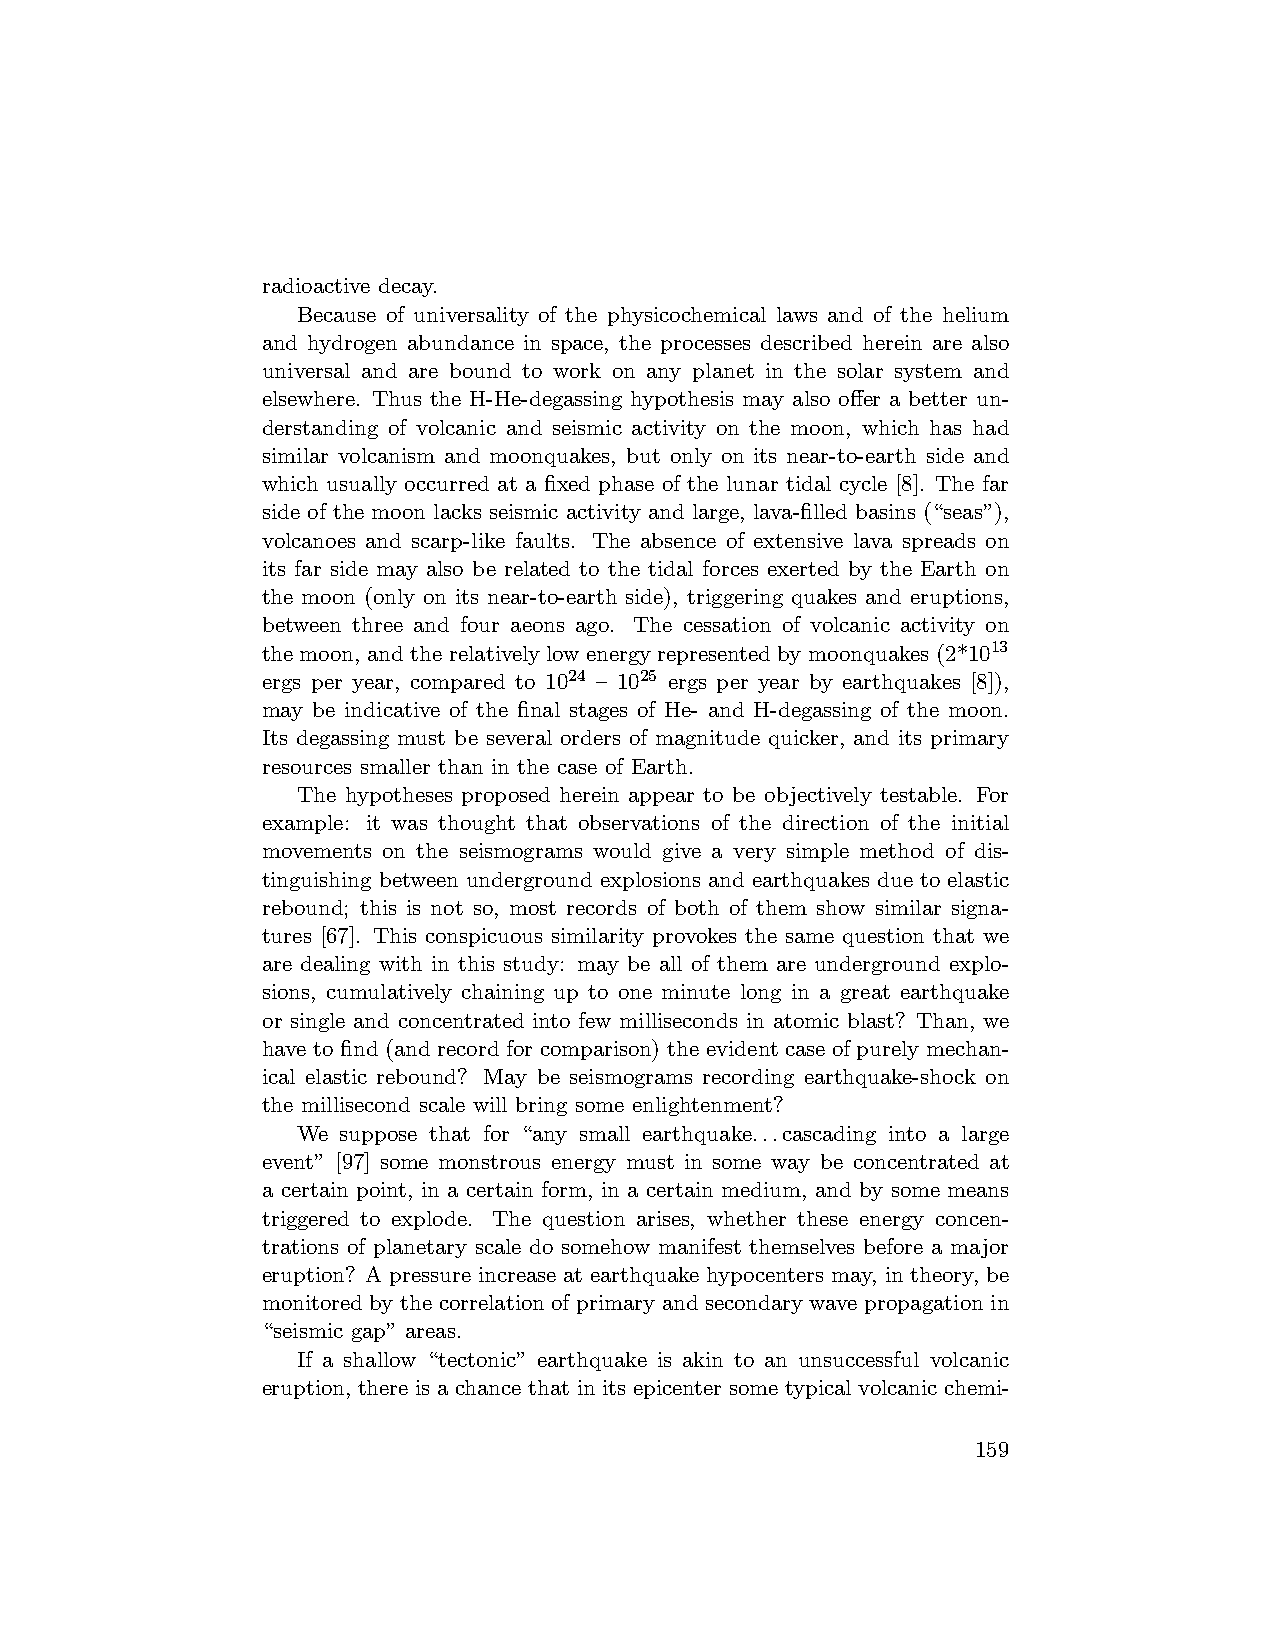
radioactive decay.
 Because of universality of the physicochemical laws and of the helium
 and hydrogen abundance in space, the processes described herein are also
 universal and are bound to work on any planet in the solar system and
 elsewhere. Thus the H-He-degassing hypothesis may also offer a better un-
 derstanding of volcanic and seismic activity on the moon, which has had
 similar volcanism and moonquakes, but only on its near-to-earth side and
 which usually occurred at a fixed phase of the lunar tidal cycle [8]. The far
 side of the moon lacks seismic activity and large, lava-filled basins (“seas”),
 volcanoes and scarp-like faults. The absence of extensive lava spreads on
 its far side may also be related to the tidal forces exerted by the Earth on
 the moon (only on its near-to-earth side), triggering quakes and eruptions,
 between three and four aeons ago. The cessation of volcanic activity on
 the moon, and the relatively low energy represented by moonquakes (2*1013
 ergs per year, compared to 1024 — 1025 ergs per year by earthquakes [8]),
 may be indicative of the final stages of He- and H-degassing of the moon.
 Its degassing must be several orders of magnitude quicker, and its primary
 resources smaller than in the case of Earth.
 The hypotheses proposed herein appear to be objectively testable. For
 example: it was thought that observations of the direction of the initial
 movements on the seismograms would give a very simple method of dis-
 tinguishing between underground explosions and earthquakes due to elastic
 rebound; this is not so, most records of both of them show similar signa-
 tures [67]. This conspicuous similarity provokes the same question that we
 are dealing with in this study: may be all of them are underground explo-
 sions, cumulatively chaining up to one minute long in a great earthquake
 or single and concentrated into few milliseconds in atomic blast? Than, we
 have to find (and record for comparison) the evident case of purely mechan-
 ical elastic rebound? May be seismograms recording earthquake-shock on
 the millisecond scale will bring some enlightenment?
 We suppose that for “any small earthquake...cascading into a large
 event” [97] some monstrous energy must in some way be concentrated at
 a certain point, in a certain form, in a certain medium, and by some means
 triggered to explode. The question arises, whether these energy concen-
 trations of planetary scale do somehow manifest themselves before a major
 eruption? A pressure increase at earthquake hypocenters may, in theory, be
 monitored by the correlation of primary and secondary wave propagation in
 “seismic gap” areas.
 If a shallow “tectonic” earthquake is akin to an unsuccessful volcanic
 eruption, there is a chance that in its epicenter some typical volcanic chemi-
 159